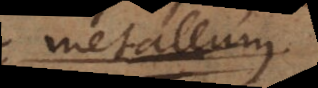
metallum